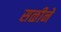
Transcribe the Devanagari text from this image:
सळीने